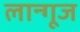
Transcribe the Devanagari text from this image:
लान्गूज